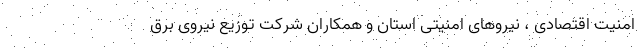
امنیت اقتصادی ، نیروهای امنیتی استان و همکاران شرکت توزیع نیروی برق